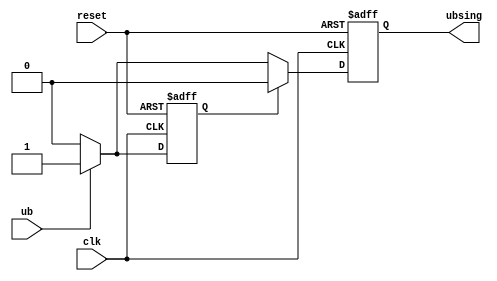
// Update: 20180814_1555, author: Laurentiu Duca
// User readable form.
// Additional Comments: single pulse from a multi-periods-contiguos pulse
// License: GNU GPL

`timescale 1ns / 1ps

module single_pulse_of_verifla(clk, reset, ub, ubsing);
input clk, reset;
input ub;
output ubsing;


reg next_state, state;
reg ubsing_reg, next_ubsing_reg;

assign ubsing = ubsing_reg;
  
always @(posedge clk or negedge reset)
begin
	if (~reset) begin
			state <= 0;
			ubsing_reg <= 0;
	end else begin
			state <= next_state;
			ubsing_reg <= next_ubsing_reg;
	end
end

always @(*)
begin
		next_state <= state;
		next_ubsing_reg <= 0;
		case (state)
		0: if (ub == 1) begin
				next_state <= 1;
				next_ubsing_reg <= 1;
			end
		1: if (ub == 0)
				next_state <= 0;
		endcase
end


/*
Truth table
====
before (posedge clk) | after (posedge clk)
ub / state(q1q0) | state(q1q0) / ubsing
0 / 00 | 00 / 0
1 / 00 | 01 / 1
x / 01 | 10 / 0
0 / 10 | 00 / 0
1 / 10 | 10 / 0

Notes:
- works only if the (posedge ub) comes 2 clk periods after the prevoius (negedge ub).
- after reset, ub can be either 0 or 1.
*/

/*
reg [1:0] q;
assign ubsing = q[0];

always @ (posedge clk or negedge reset)
begin

if(~reset)
begin
	q[0] <= 0;
	q[1] <= 0;
end
else
begin
	q[0] <= ~q[0] && ub && ~q[1];
	q[1] <= q[0] || (~q[0] && ub && q[1]);
end
end
*/

endmodule